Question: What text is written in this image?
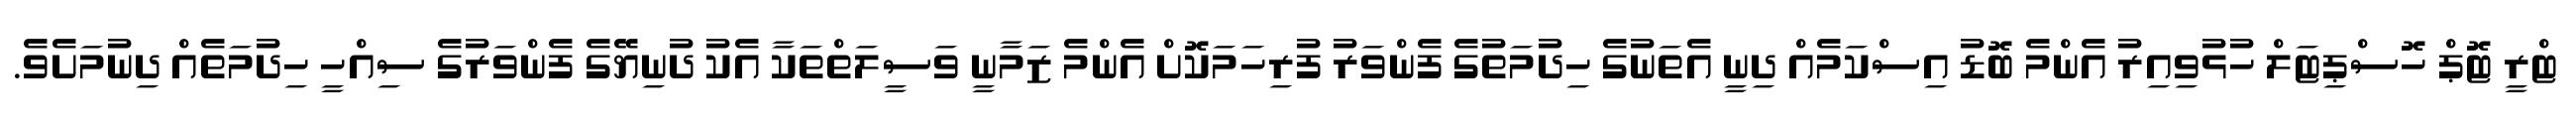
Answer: ޓްރީ ޓޮޕް ހޮސްޕިޓަލް ހުޅުވިއިރު އެންމެ ބޮޑު އިސްކަމެއް ދިނީ އެތަނުގެ ހިދުމަތުގެ ފެންވަރު ފުރިހަމަކޮށް އެންމެ ޒަމާނީ ވަސީލަތްތަކާ އެކު ދުނިޔޭގެ ފެންވަރުގެ ސިއްހީ ހިދުމަތެއް ދިނުމަށެވެ.